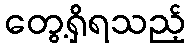
တွေ့ရှိရသည့်